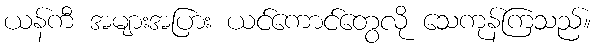
ယန်ကီ အများအပြား ယင်ကောင်တွေလို သေကုန်ကြသည်။